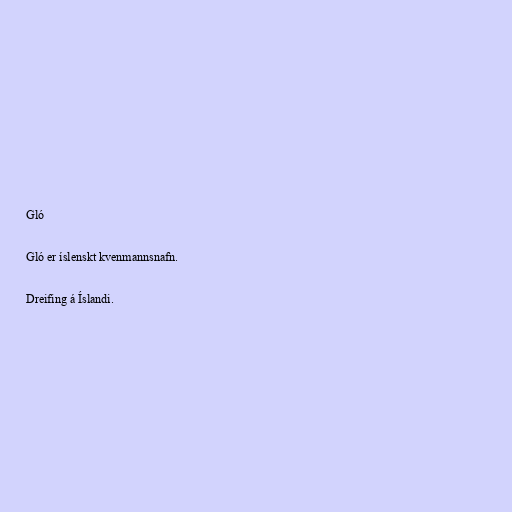
Gló

Gló er íslenskt kvenmannsnafn.

Dreifing á Íslandi.